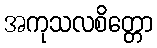
အကုသလစိတ္တော